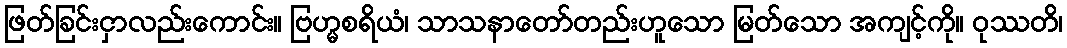
ဖြတ်ခြင်းငှာလည်းကောင်း။ ဗြဟ္မစရိယံ၊ သာသနာတော်တည်းဟူသော မြတ်သော အကျင့်ကို။ ဝုဿတိ၊